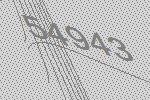
54943